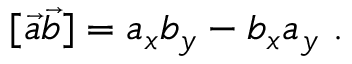
[ \vec { a } \vec { b } ] = a _ { x } b _ { y } - b _ { x } a _ { y } \ .